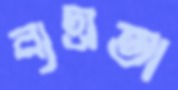
ব্যগ্রতা